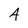
Character: A